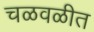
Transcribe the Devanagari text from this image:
चळवळीत